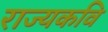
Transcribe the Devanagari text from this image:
राज्यकवि